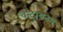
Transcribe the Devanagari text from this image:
चन्द्रायनम